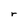
Character: r